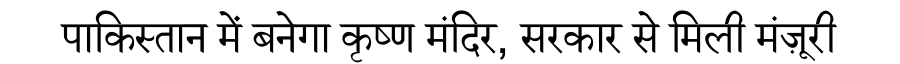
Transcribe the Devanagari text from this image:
पाकिस्तान में बनेगा कृष्ण मंदिर, सरकार से मिली मंज़ूरी